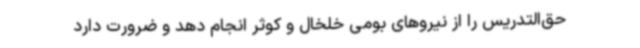
حق‌التدریس را از نیروهای بومی خلخال و کوثر انجام دهد و ضرورت دارد